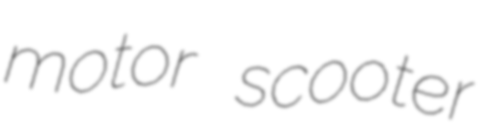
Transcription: motor scooter